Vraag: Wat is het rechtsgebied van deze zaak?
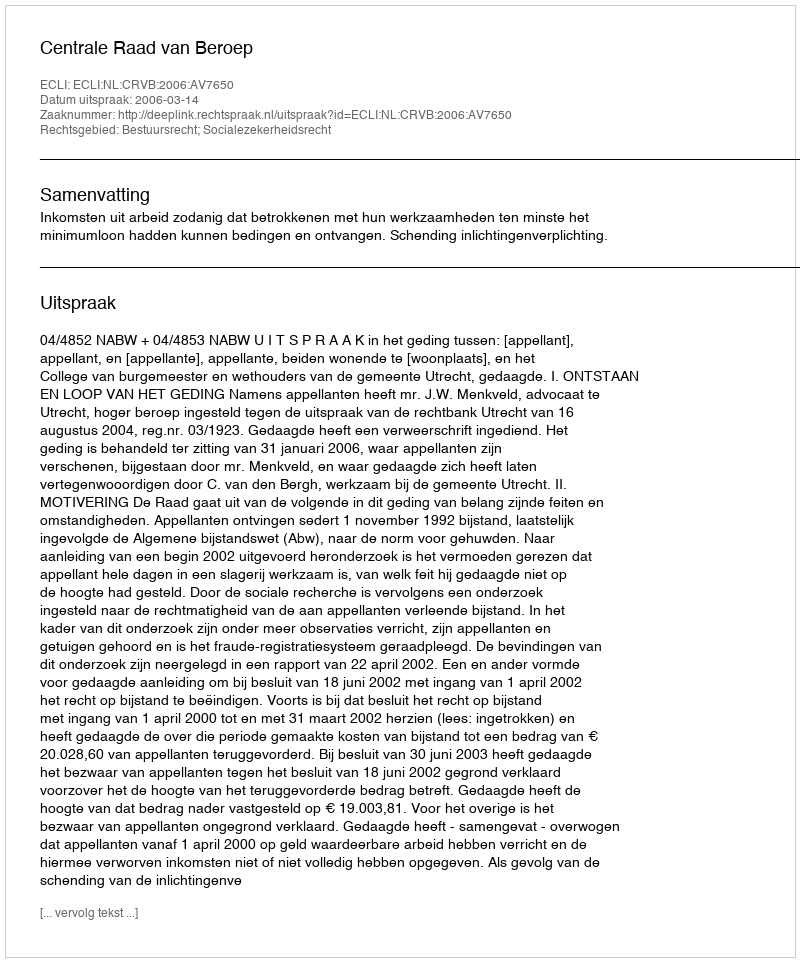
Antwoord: Bestuursrecht; Socialezekerheidsrecht